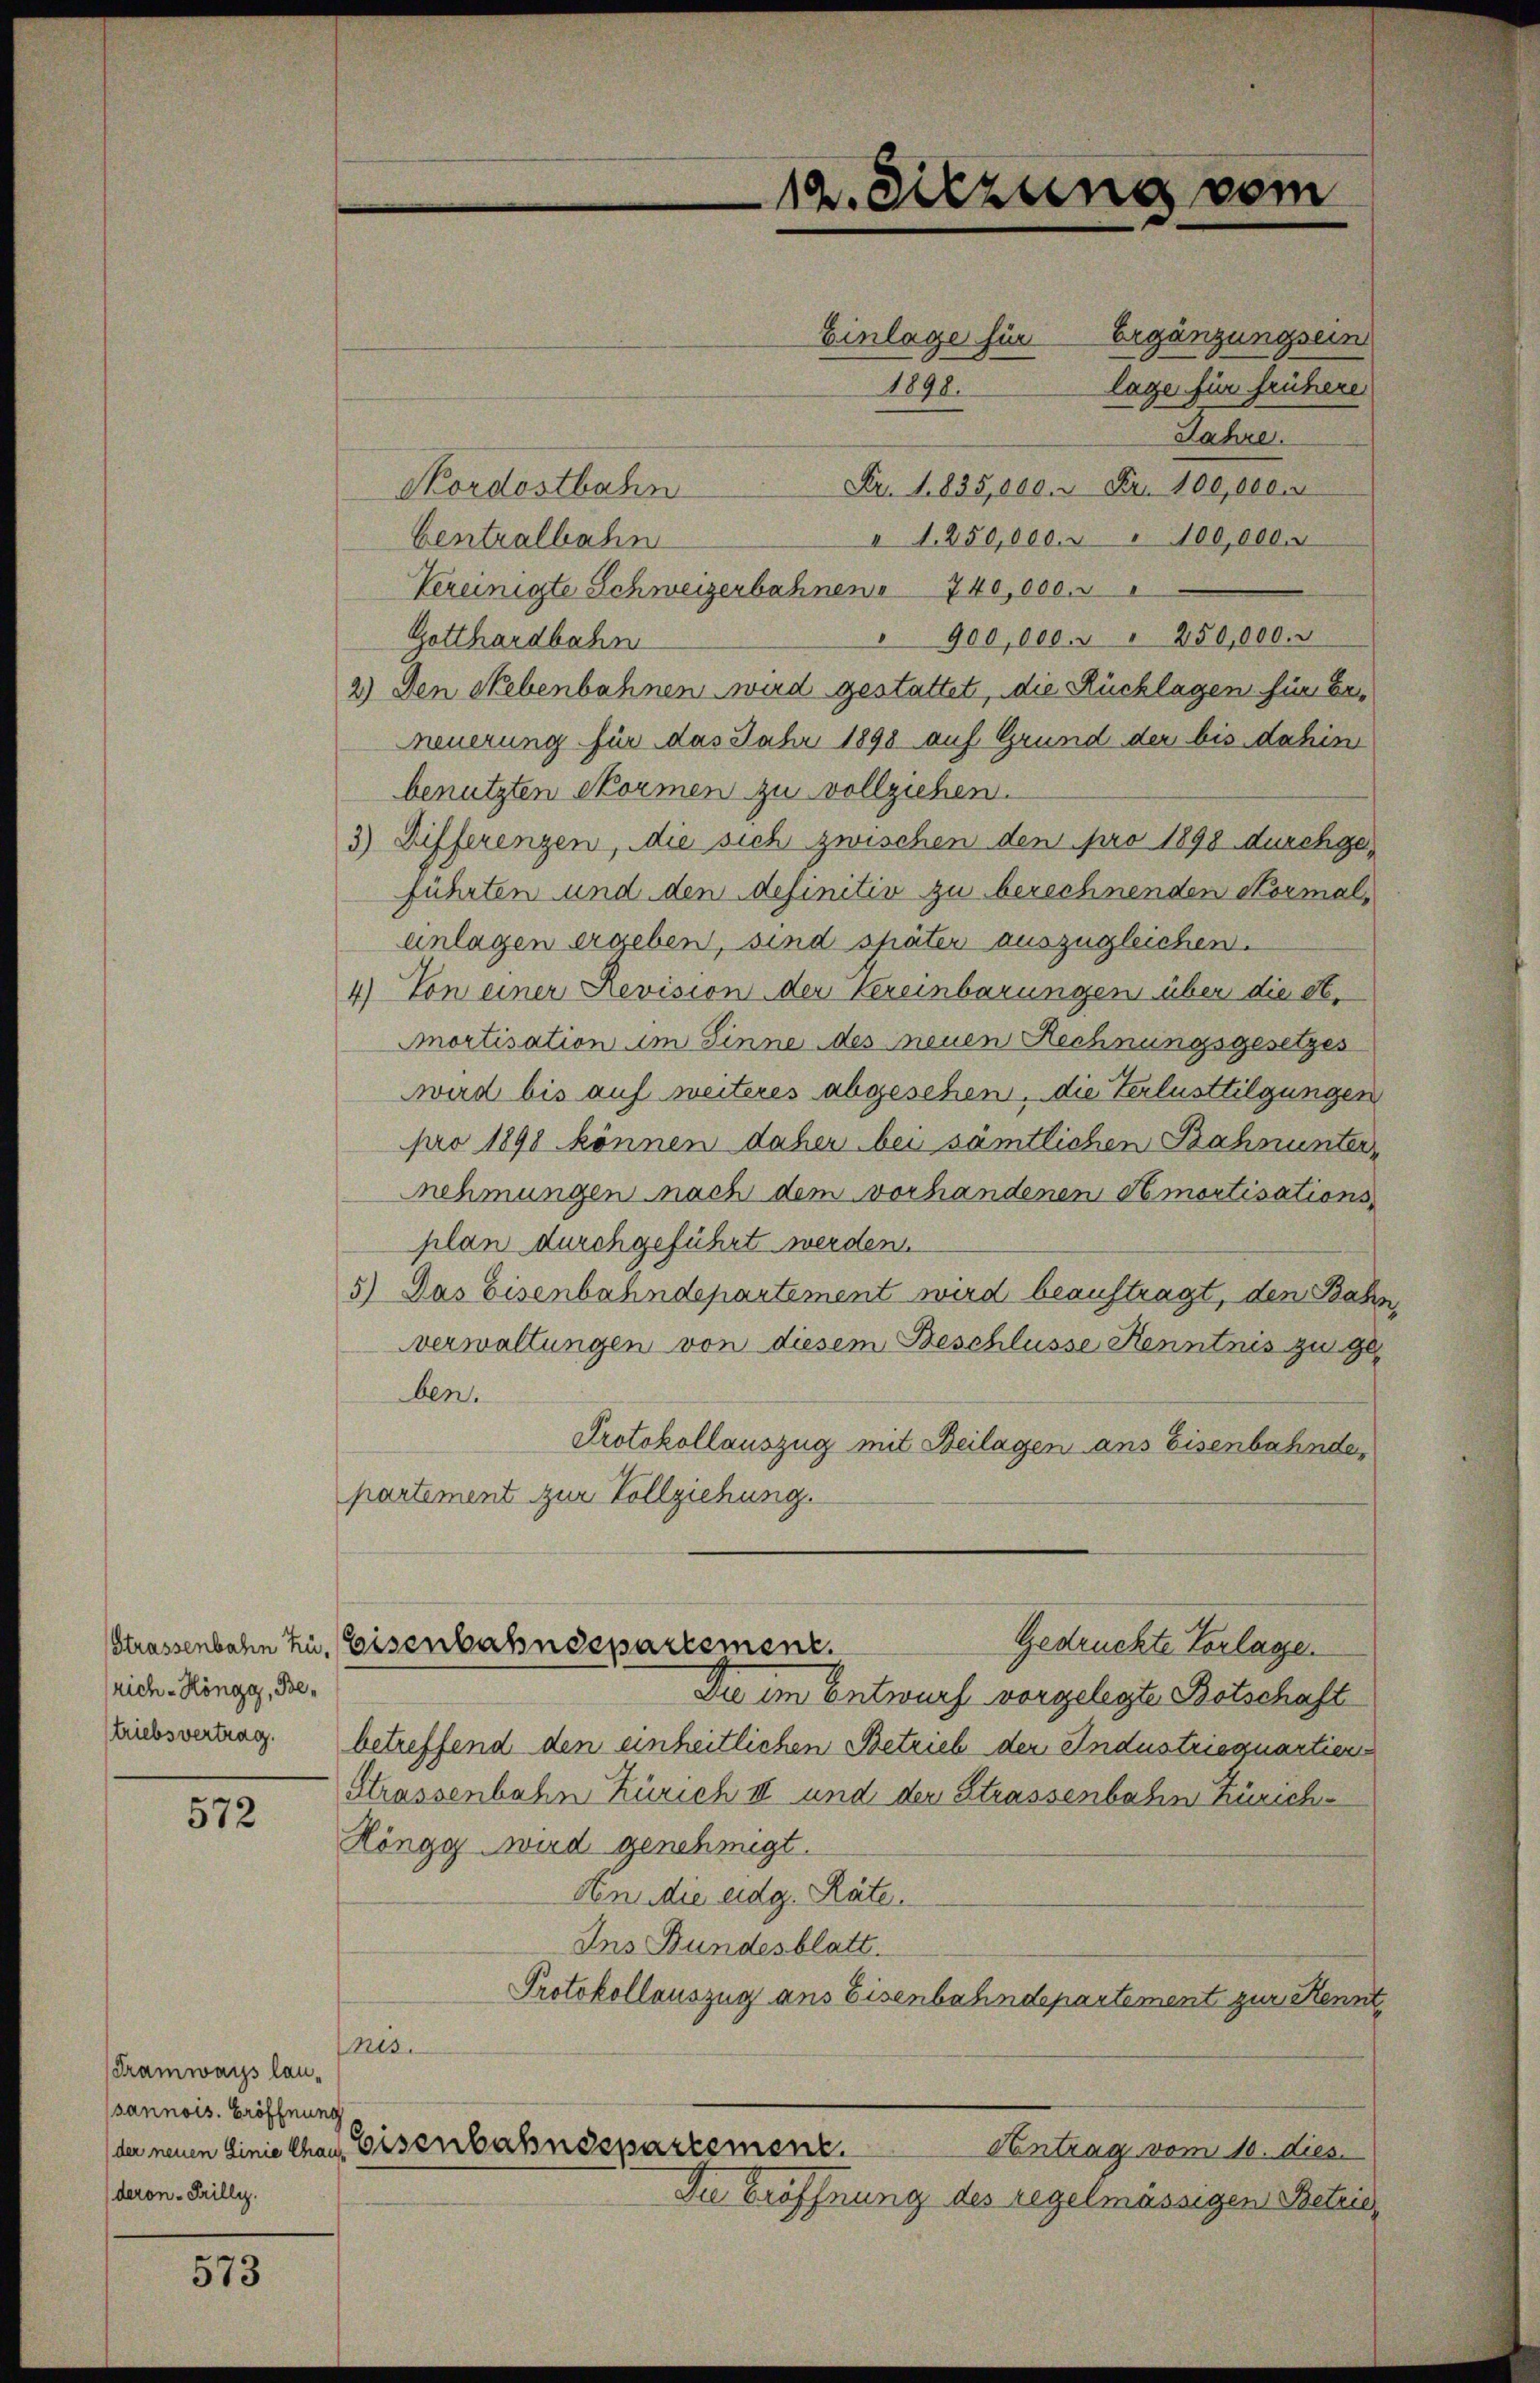
Strassenbahn zu,
rich - Höngg, Be¬

572

Tramways lausannois. Eröffnung
deron - Grillig.

573

Kordostbahn
Centralbahn
Vereinigte Schweizerbahnen 740,000.
" 900,000 " " 250,000.
Gotthardbahn
2.) Den Nebenbahnen wird gestattet, die Rücklagen für beneuerung für das Jahr 1898 auf Grund der bis dahin
benutzten Formen zu vollziehen.
3) Differenzen, die sich zwischen den pro 1898 durchgeführten und den definitiv zu berechnenden Normal,
enlagen ergeben, sind später auszugleichen.
4) Von einer Revision der Vereinbarungen über die St.
Inortisation im Sinne des neuen Rechnungsgesetzes
wird bis auf weiteres abgesehen, die Verlusttilgungen
pro 1898 können daher bei sämtlichen Bahnunternehmungen nach dem vorhandenen Amortisationsplan durchgeführt werden.
5) Das Eisenbahndepartement wird beauftragt, den Bass
verwaltungen von diesem Beschlüsse Kenntnis zu ge
ben.
Protokollauszug mit Beilagen ans Eisenbahnde
partement zur Vollziehung.
Gedrückte Verlage
Eisenbahndepartement.
Die im Entwurf vorgelegte Botschaft
Liebesvertrag betreffend den einheitlichen Betrieb der Industriequartien
Strassenbahn Zürich III und der Strassenbahn Zürich-
Höngg wird genehmigt.
Aen die eidg. Räte.
Ins Bundesblatt.
Protokollauszug aus Eisenbahndepartement zur Kennt,
nes.
(der neuen Linie Chaus, Eisenbahndepartement.
Antrag vom 10. dies
Die Eröffnung des regelmässigen Betris

12. Sitzung vom

Einlage für
1898.

Ergänzungsein
lage für frühere
Jahre.
Fr. 1835,000. Fr. 100,000
I 1. 250,000. " " 100,000.